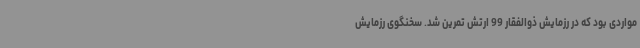
مواردی بود که در رزمایش ذوالفقار 99 ارتش تمرین شد. سخنگوی رزمایش